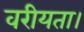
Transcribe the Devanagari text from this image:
वरीयता।